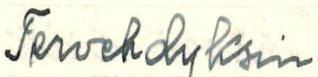
Tervehdyksin